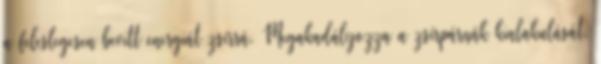
a feleslegesen bevitt energiát zsírrá. Megakadályozza a zsírpárnák kialakulását.